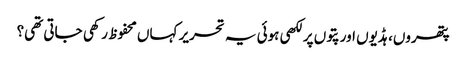
پتھروں، ہڈیوں اور پتوں پر لکھی ہوئی یہ تحریر کہاں محفوظ رکھی جاتی تھی؟